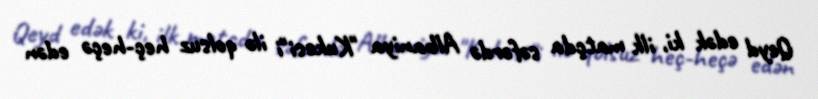
Qeyd edək ki, ilk matçda səfərdə Albaniya "Kukesi"i ilə qolsuz heç-heçə edən